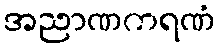
အညာဏကရဏံ